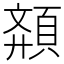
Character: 𩓉